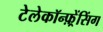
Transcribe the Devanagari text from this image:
टेलेकॉन्फ़्रेंसिंग